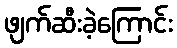
ဖျက်ဆီးခဲ့ကြောင်း